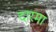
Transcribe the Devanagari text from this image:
दारमा